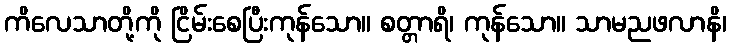
ကိလေသာတို့ကို ငြိမ်းစေပြီးကုန်သော။ စတ္တာရိ၊ ကုန်သော။ သာမညဖလာနိ၊